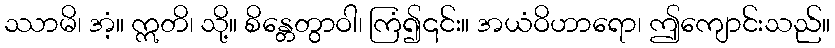
ဿာမိ၊ အံ့။ ဣတိ၊ သို့။ စိန္တေတွာဝါ၊ ကြံ၍၎င်း။ အယံဝိဟာရော၊ ဤကျောင်းသည်။